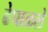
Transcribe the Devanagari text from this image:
ढेपाळले